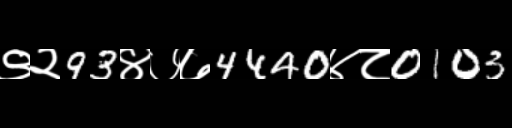
Text: ९२93४७७4440४८0103